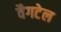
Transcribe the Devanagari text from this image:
वैगटेल